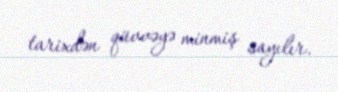
tarixdən qüvvəyə minmiş sayılır.